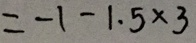
= - 1 - 1 . 5 \times 3